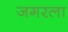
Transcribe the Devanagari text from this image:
जगरला